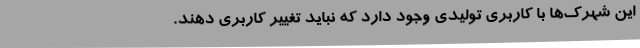
این شهرک‌ها با کاربری تولیدی وجود دارد که نباید تغییر کاربری دهند.